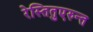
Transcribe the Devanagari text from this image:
रेस्तितुएरुन्त